Report on the working of the Ranchi Indian Mental Hospital, Kanke, in Bihar and Orissa - 1930-1940
Year: 1930
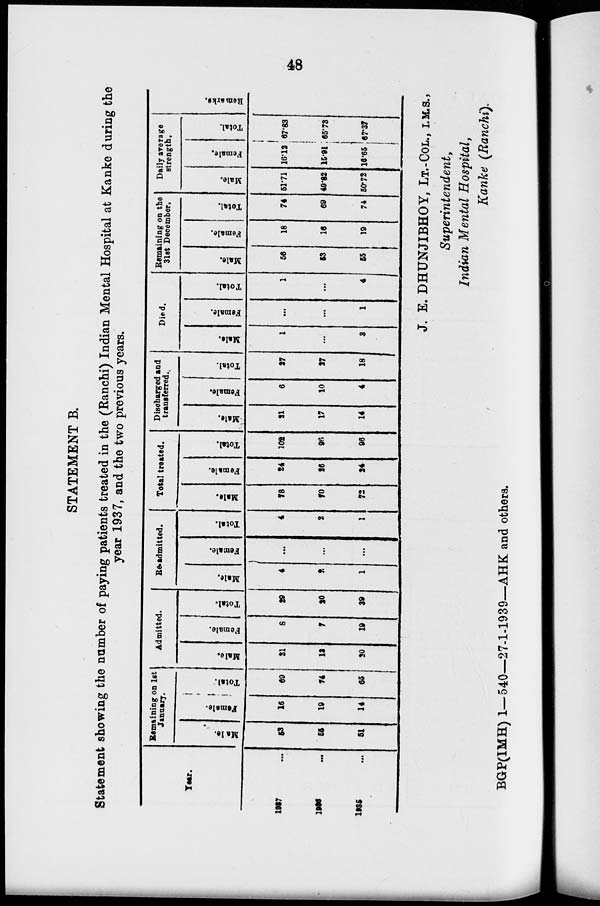
48
STATEMENT B.
Statement showing the number of paying patients treated in the (Ranchi) Indian Mental Hospital at Kanke during the
year 1937, and the two previous years.
Year.
1937 ...
1936
...
1935 ...
Remaining on 1st
January.
Male.
53
55
51
Female.
16
19
14
Total.
69
74
65
Admitted.
Male.
21
13
20
Female.
8
7
19
Total.
29
20
39
Re-admitted.
Male.
4
2
1
Female.
...
...
...
Total.
4
2
1
Total treated.
Male.
78
70
72
Female.
24
26
24
Total.
102
96
96
Discharged and
transferred.
Male.
21
17
14
Female.
6
10
4
Total.
27
27
18
Died.
Male.
1
...
3
Female.
...
...
1
Total.
1
...
4
Remaining on the
31st December.
Male.
56
53
55
Female.
18
16
19
Total.
74
69
74
Daily average
strength.
Male.
51.71
49.82
50.72
Female.
16.12
15.91
16.65
Total.
67.83
65.73
67.37
Remarks.
J. E. DHUNJIBHOY, LT.-COL., I.M.S.,
Superintendent,
Indian Mental Hospital,
Kanke (Ranchi).
BGP(IMH) 1—540—27-1-1939—AHK and others.